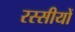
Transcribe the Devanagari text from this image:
रस्सीयों